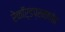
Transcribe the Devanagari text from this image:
रेकॉर्डप्रमाणेच